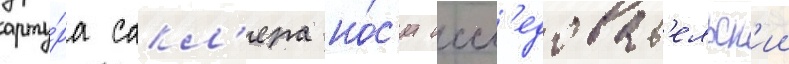
арту́ра сакл'ера но́с'ит иссл'едоват'ельск'ии